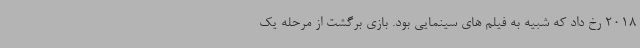
2018 رخ داد که شبیه به فیلم های سینمایی بود. بازی برگشت از مرحله یک